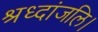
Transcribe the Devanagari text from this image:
श्रध्दांजलि।